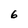
Character: 6